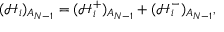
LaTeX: ( \mathcal { H } _ { i } ) _ { A _ { N - 1 } } = ( \mathcal { H } _ { i } ^ { + } ) _ { A _ { N - 1 } } + ( \mathcal { H } _ { i } ^ { - } ) _ { A _ { N - 1 } } ,